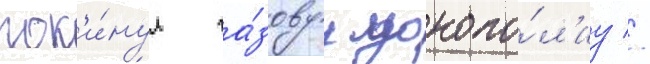
пок'и́нул га́зовуу монопо́л'иу //